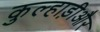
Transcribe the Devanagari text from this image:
कुल्हाड़ीऔर